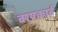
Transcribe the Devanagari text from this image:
बायकार्ब